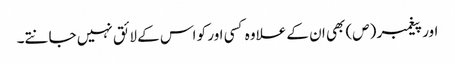
اور پیغمبر (ص) بھی ان کے علاوہ کسی اور کو اس کے لائق نہیں جانتے۔